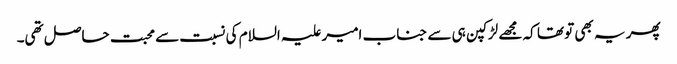
پھر یہ بھی تو تھا کہ مجھے لڑکپن ہی سے جناب امیر علیہ السلام کی نسبت سے محبت حاصل تھی۔